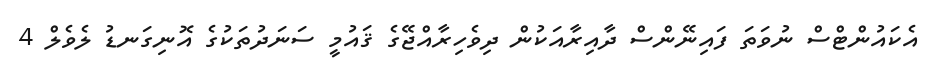
އެކައުންޓްސް ނުވަތަ ފައިނޭންސް ދާއިރާއަކުން ދިވެހިރާއްޖޭގެ ޤައުމީ ސަނަދުތަކުގެ އޮނިގަނޑު ލެވެލް 4